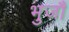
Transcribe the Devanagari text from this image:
भुजौ